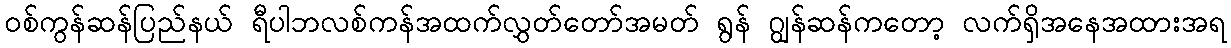
ဝစ်ကွန်ဆန်ပြည်နယ် ရီပါဘလစ်ကန်အထက်လွှတ်တော်အမတ် ရွန် ဂျွန်ဆန်ကတော့ လက်ရှိအနေအထားအရ